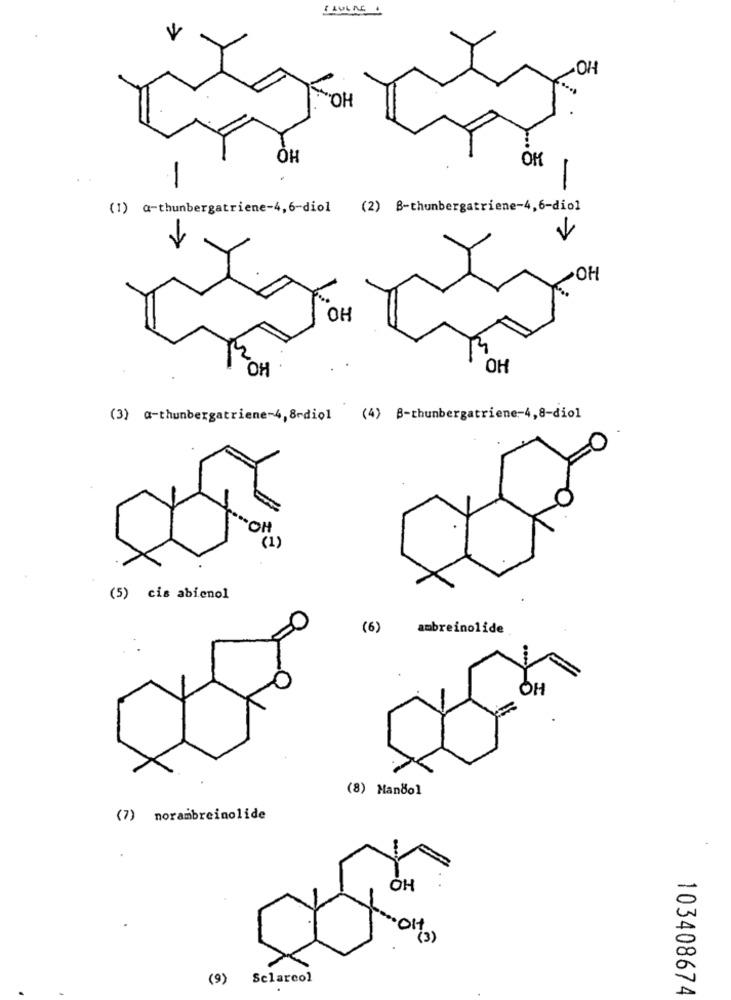
LULAE
OH
OH
OH
OK
-
-
(1) a-thunbergatriene-4,6-diol (2) B-thunbergatriene-4,6-diol
OH
OH
OH
OH
(3) @-thunbergatriene-4, 8-diol
(4) B-thunbergatriene-4,8-diol
(5) cis abienol
(6)
ambreinolide
OH
(8) Mandol
(7) norambreinolide
OH
OH
(3)
(9)
Sclarcol
103408674